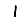
Digit: 1